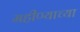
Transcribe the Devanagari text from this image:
महीण्याच्या